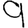
Digit: 9